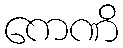
ကေဏိ